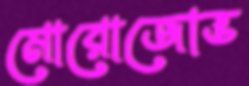
মোরোজোভ